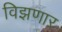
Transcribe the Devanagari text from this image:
विझणार